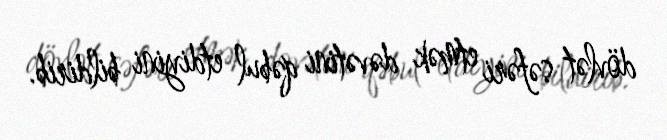
dövlət səfəri etmək dəvətini qəbul etdiyini bildirib.